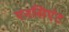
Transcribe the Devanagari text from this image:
एनसिएंट